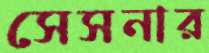
সেসনার